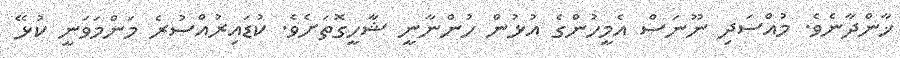
ޚާންދާނެވެ. މުއްސަދި ނޫނަސް އެމީހުންގެ އުޅުން ހުންނާނީ ޝާހީގޮތަށެވެ. ކުޑައިރުއްސުރެ މަންމަވަނީ ކުޅޭ